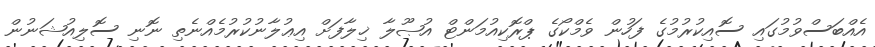
އެއްބަސްވުމުގައި ސޮއިކުރުމުގެ ފަހުން ވެމްކޯގެ ޕްރޮކިއުމަންޓް އުޞޫލާ ޚިލާފަށް އިޢުލާނުކުރުމެއްނެތި ނޮނި ސޮލިއުޝަނުން